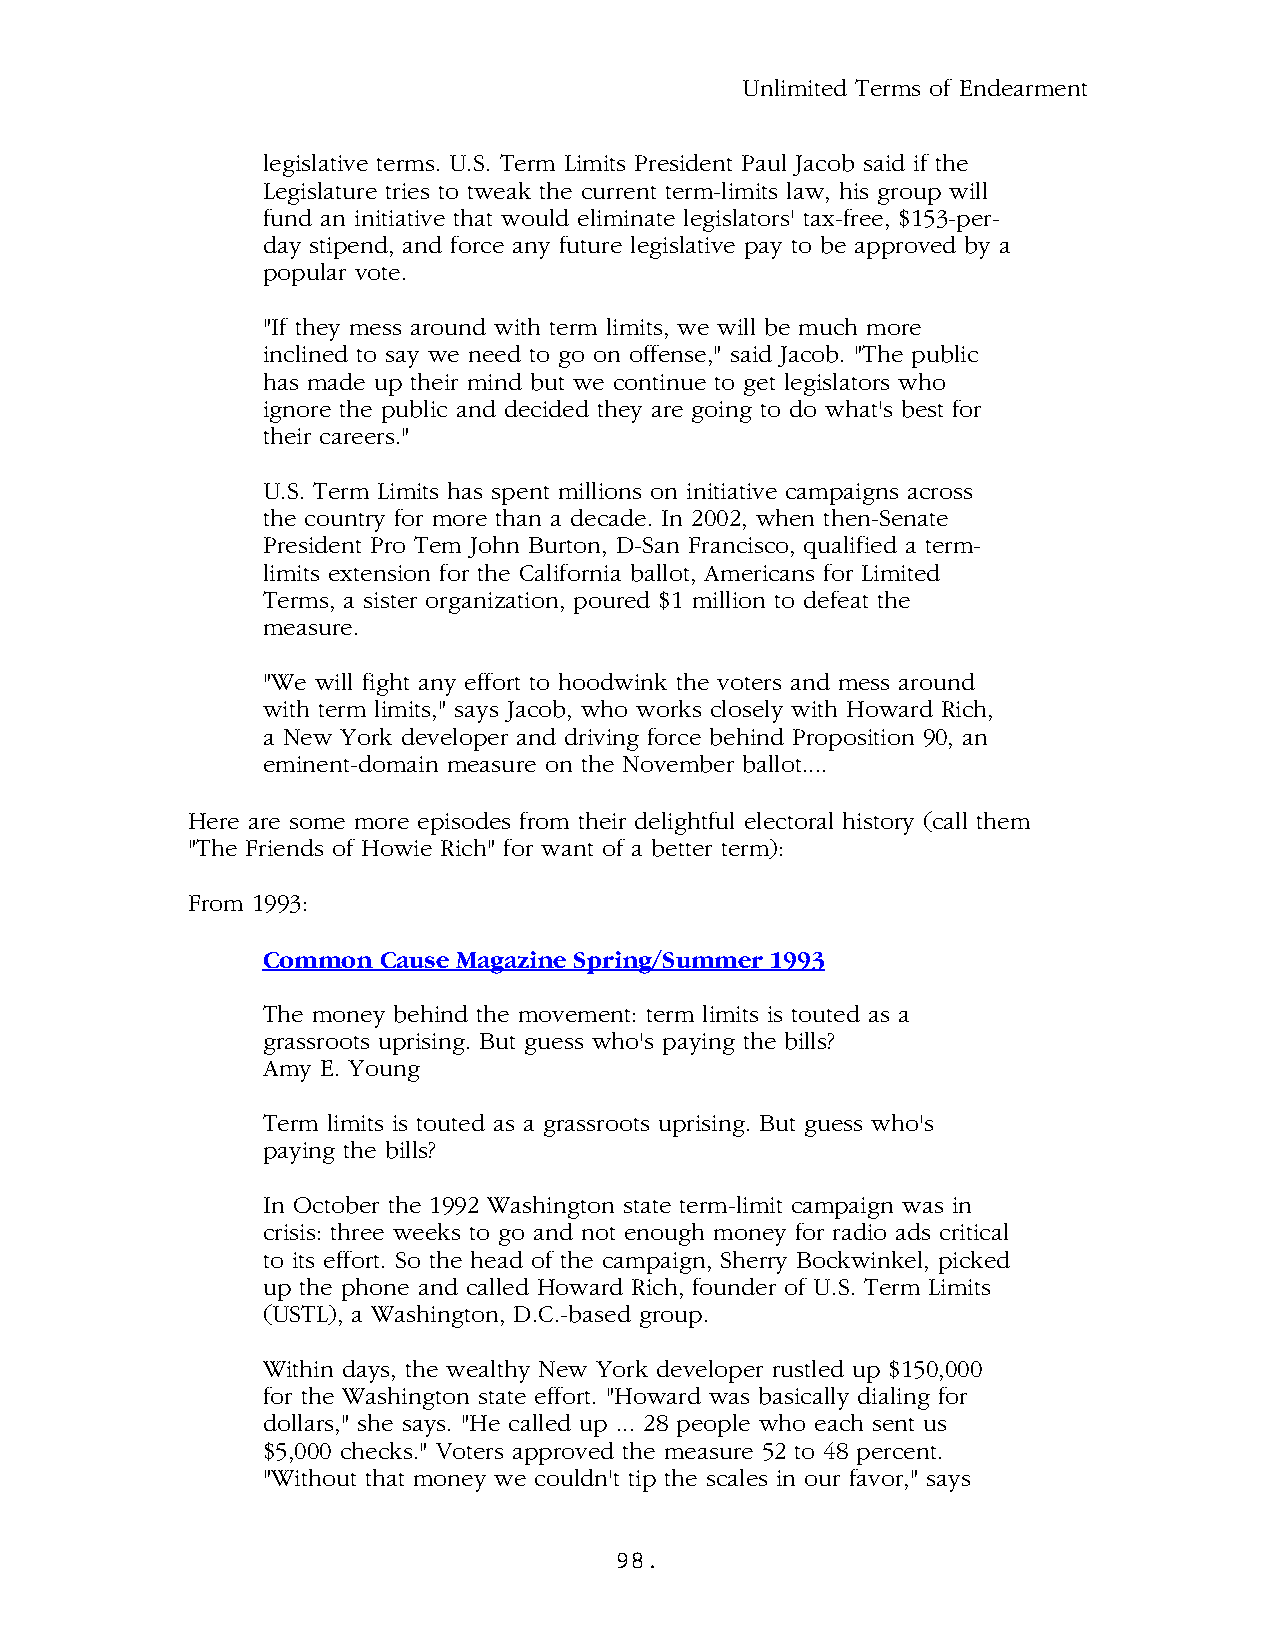
Unlimited Terms of Endearment
 legislative terms. U.S. Term Limits President Paul Jacob said if the
 Legislature tries to tweak the current term-limits law, his group will
 fund an initiative that would eliminate legislators' tax-free, $153-per-
 day stipend, and force any future legislative pay to be approved by a
 popular vote.
 "If they mess around with term limits, we will be much more
 inclined to say we need to go on offense," said Jacob. "The public
 has made up their mind but we continue to get legislators who
 ignore the public and decided they are going to do what's best for
 their careers."
 U.S. Term Limits has spent millions on initiative campaigns across
 the country for more than a decade. In 2002, when then-Senate
 President Pro Tem John Burton, D-San Francisco, qualified a term-
 limits extension for the California ballot, Americans for Limited
 Terms, a sister organization, poured $1 million to defeat the
 measure.
 "We will fight any effort to hoodwink the voters and mess around
 with term limits," says Jacob, who works closely with Howard Rich,
 a New York developer and driving force behind Proposition 90, an
 eminent-domain measure on the November ballot....
 Here are some more episodes from their delightful electoral history (call them
 "The Friends of Howie Rich" for want of a better term):
 From 1993:
 Common  Cause Magazine Spring/Summer 1993
 The money behind the movement: term limits is touted as a
 grassroots uprising. But guess who's paying the bills?
 Amy E. Young
 Term limits is touted as a grassroots uprising. But guess who's
 paying the bills?
 In October the 1992 Washington state term-limit campaign was in
 crisis: three weeks to go and not enough money for radio ads critical
 to its effort. So the head of the campaign, Sherry Bockwinkel, picked
 up the phone and called Howard Rich, founder of U.S. Term Limits
 (USTL), a Washington, D.C.-based group.
 Within days, the wealthy New York developer rustled up $150,000
 for the Washington state effort. "Howard was basically dialing for
 dollars," she says. "He called up ... 28 people who each sent us
 $5,000 checks." Voters approved the measure 52 to 48 percent.
 "Without that money we couldn't tip the scales in our favor," says
 98.